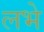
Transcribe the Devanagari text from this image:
लभे